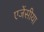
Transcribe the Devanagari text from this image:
एजेंसीया